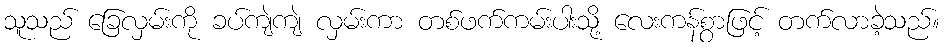
သူသည် ခြေလှမ်းကို ခပ်ကျဲကျဲ လှမ်းကာ တစ်ဖက်ကမ်းပါးသို့ လေးကန်စွာဖြင့် တက်လာခဲ့သည်။